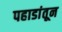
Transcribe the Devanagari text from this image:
पहाडांतून